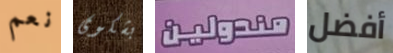
نعم بشكوى مندولين أفضل